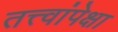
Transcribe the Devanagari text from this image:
तत्त्वांपेक्षा